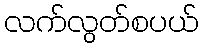
လက်လွတ်စပယ်